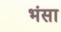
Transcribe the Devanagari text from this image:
भंसा